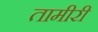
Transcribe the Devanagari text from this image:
तामीरी